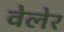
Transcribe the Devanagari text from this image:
वेलेर